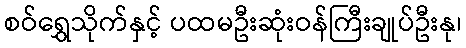
စဝ်ရွှေသိုက်နှင့် ပထမဦးဆုံးဝန်ကြီးချုပ်ဦးနု၊